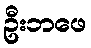
ဦးဘဖေ